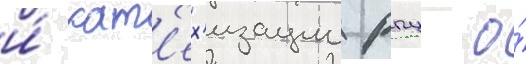
и́ кат'ех'изации рпц о́